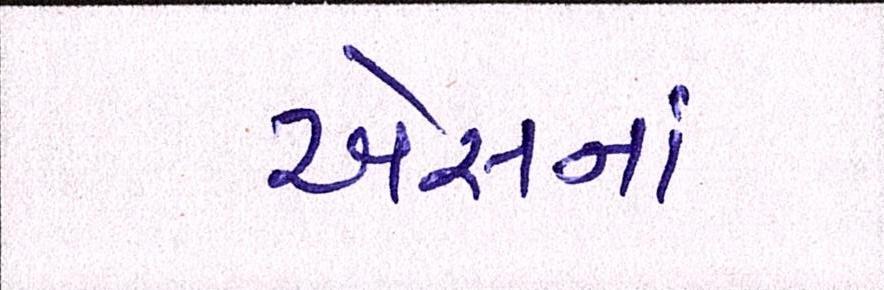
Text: એસનાં